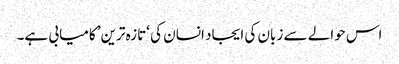
اس حوالے سے زبان کی ایجاد انسان کی ‘تازہ ترین’ کامیابی ہے۔